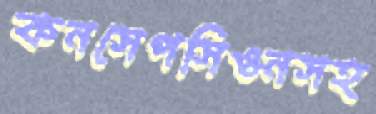
কনসেপসিওনসহ